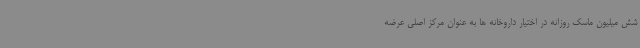
شش میلیون ماسک روزانه در اختیار داروخانه ها به عنوان مرکز اصلی عرضه